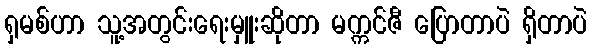
ရှမစ်ဟာ သူ့အတွင်းရေးမှူးဆိုတာ မက္ကင်ဇီ ပြောတာပဲ ရှိတာပဲ